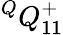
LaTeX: {}^{Q}{Q}_{1{1}}^{+}